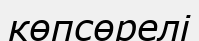
көпсөрелі